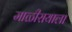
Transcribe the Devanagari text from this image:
माळीरायाला